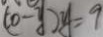
( 0 - y ) y = 9